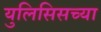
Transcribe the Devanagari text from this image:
युलिसिसच्या